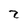
Character: 2